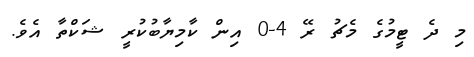
މި ދެ ޓީމުގެ މެޗު ރޭ 4-0 އިން ކާމިޔާބުކުރީ ޝަކްތާ އެވެ.